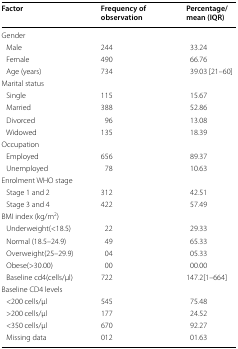
<table><thead><tr><td><b>Factor</b></td><td><b>Frequency of observation</b></td><td><b>Percentage/mean (IQR)</b></td></tr></thead><tbody><tr><td colspan="3">Gender</td></tr><tr><td> Male</td><td>244</td><td>33.24</td></tr><tr><td> Female</td><td>490</td><td>66.76</td></tr><tr><td> Age (years)</td><td>734</td><td>39.03 [21–60]</td></tr><tr><td colspan="3">Marital status</td></tr><tr><td> Single</td><td>115</td><td>15.67</td></tr><tr><td> Married</td><td>388</td><td>52.86</td></tr><tr><td> Divorced</td><td>96</td><td>13.08</td></tr><tr><td> Widowed</td><td>135</td><td>18.39</td></tr><tr><td colspan="3">Occupation</td></tr><tr><td> Employed</td><td>656</td><td>89.37</td></tr><tr><td> Unemployed</td><td>78</td><td>10.63</td></tr><tr><td colspan="3">Enrolment WHO stage</td></tr><tr><td> Stage 1 and 2</td><td>312</td><td>42.51</td></tr><tr><td> Stage 3 and 4</td><td>422</td><td>57.49</td></tr><tr><td colspan="3">BMI index (kg/m<sup>2</sup>)</td></tr><tr><td> Underweight(&lt;18.5)</td><td>22</td><td>29.33</td></tr><tr><td> Normal (18.5–24.9)</td><td>49</td><td>65.33</td></tr><tr><td> Overweight(25–29.9)</td><td>04</td><td>05.33</td></tr><tr><td> Obese(&gt;30.00)</td><td>00</td><td>00.00</td></tr><tr><td> Baseline cd4(cells/μl)</td><td>722</td><td>147.2[1–664]</td></tr><tr><td colspan="3">Baseline CD4 levels</td></tr><tr><td> &lt;200 cells/μl</td><td>545</td><td>75.48</td></tr><tr><td> &gt;200 cells/μl</td><td>177</td><td>24.52</td></tr><tr><td> &lt;350 cells/μl</td><td>670</td><td>92.27</td></tr><tr><td> Missing data</td><td>012</td><td>01.63</td></tr></tbody></table>